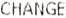
CHANGE